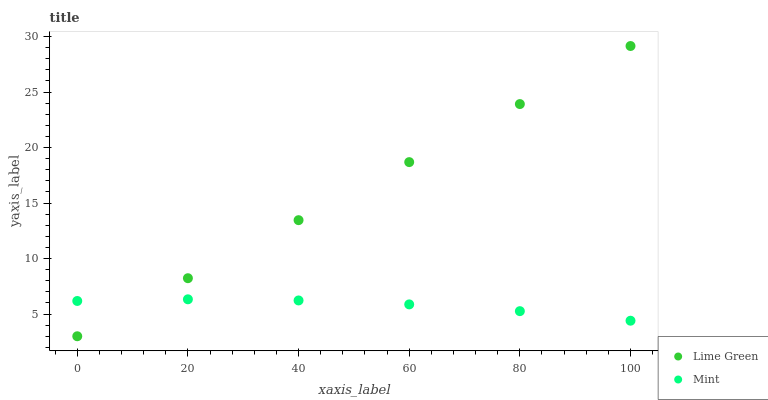
| xaxis_label | Lime Green | Mint |
 | --- | --- | --- |
 | 0 | 3 | 6.18 |
 | 20 | 8.23 | 6.33 |
 | 40 | 13.5 | 6.23 |
 | 60 | 18.7 | 5.87 |
 | 80 | 23.9 | 5.26 |
 | 100 | 29.1 | 4.4 |